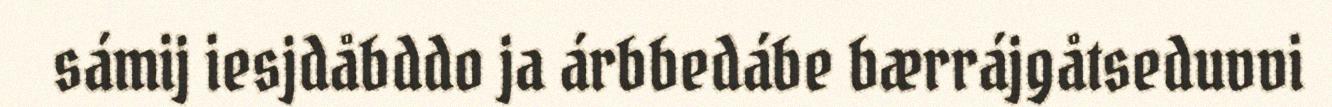
sámij iesjdåbddo ja árbbedábe bærrájgåtseduvvi